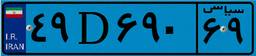
۱۲D۸۹۷۵۲